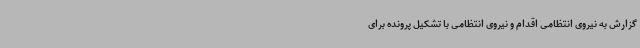
گزارش به نیروی انتظامی اقدام و نیروی انتظامی با تشکیل پرونده برای